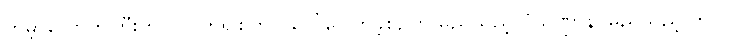
ကမ္ဘာလောကကြီးတွင် လူဟူ၍စတင် ပေါ်ပေါက်ခဲ့စဉ်က မည်သည့် ပုံသဏ္ဌာန်၊ မည်သည့် ဘဝ၊